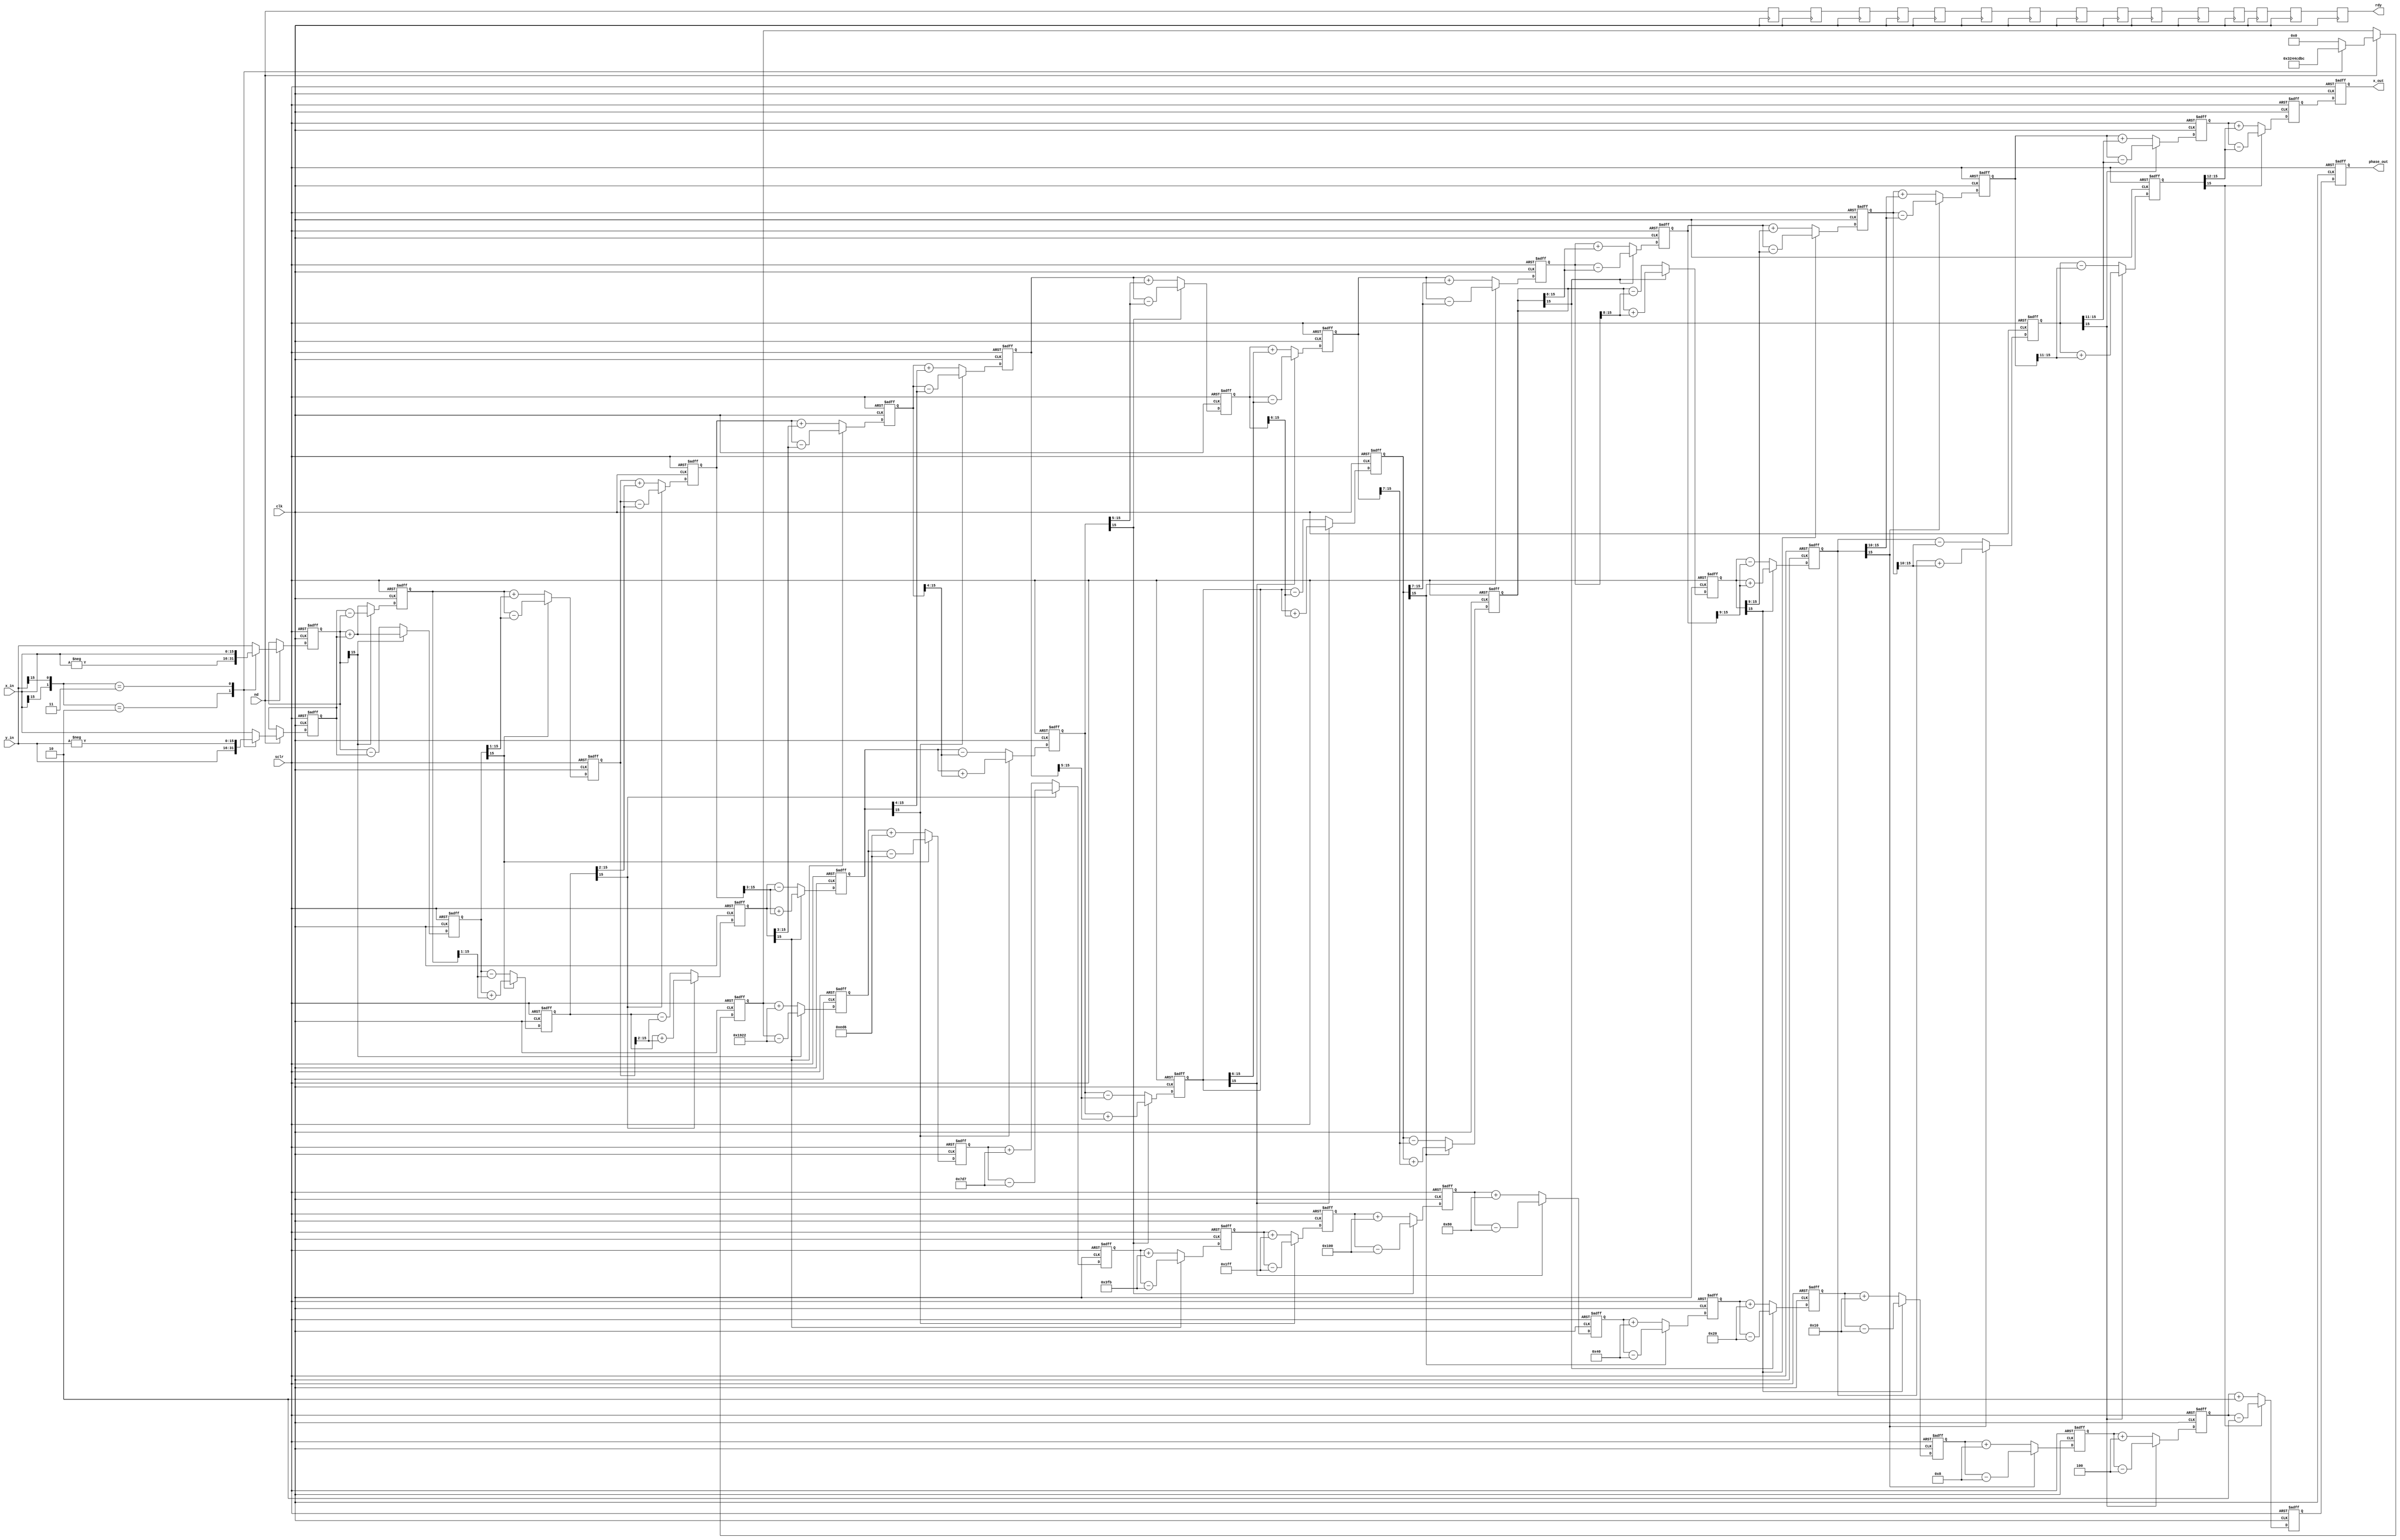
module rx_cordic (
  input nd,
  input clk,
  input sclr,
  input signed [15 : 0] x_in,
  input signed [15 : 0] y_in,
  output rdy,
  output signed [15 : 0] x_out,
  output signed [15 : 0] phase_out
);

parameter DATAIN_WIDTH = 16;

/*
parameter DATAIN_WIDTH = 32;
parameter signed angle_0 = 32'd2949120;		//45 degree *2^16
parameter signed angle_1 = 32'd1740992;     //26.5651 degree *2^16
parameter signed angle_2 = 32'd919872;      //14.0362 degree *2^16
parameter signed angle_3 = 32'd466944;      //7.1250 degree *2^16
parameter signed angle_4 = 32'd234368;      //3.5763 degree *2^16
parameter signed angle_5 = 32'd117312;      //1.7899 degree *2^16
parameter signed angle_6 = 32'd58688;       //0.8952 degree *2^16
parameter signed angle_7 = 32'd29312;       //0.4476 degree *2^16
parameter signed angle_8 = 32'd14656;       //0.2238 degree *2^16
parameter signed angle_9 = 32'd7360;        //0.1119 degree *2^16
parameter signed angle_10 = 32'd3648;       //0.0560 degree *2^16
parameter signed angle_11 = 32'd1856;	    //0.0280 degree *2^16
parameter signed angle_12 = 32'd896;        //0.0140 degree *2^16
parameter signed angle_13 = 32'd448;        //0.0070 degree *2^16
parameter signed angle_14 = 32'd256;        //0.0035 degree *2^16
parameter signed angle_15 = 32'd128;        //0.0018 degree *2^16
*/

/*
parameter signed angle_0 = 18'd51472;		//7.85398163e-0 radius *2^16 = 5.14718540e+04
parameter signed angle_1 = 18'd30386;       //4.63647609e-01 radius *2^16 = 3.03856097e+04
parameter signed angle_2 = 18'd16055;       //2.44978663e-01 radius *2^16 = 1.60549217e+04
parameter signed angle_3 = 18'd8150;        //1.24354995e-01 radius *2^16 = 8.14972892e+03
parameter signed angle_4 = 18'd4091;        //6.24188100e-02 radius *2^16 = 4.09067913e+03
parameter signed angle_5 = 18'd2047;        //3.12398334e-02 radius *2^16 = 2.04733372e+03
parameter signed angle_6 = 18'd1024;        //1.56237286e-02 radius *2^16 = 1.02391668e+03
parameter signed angle_7 = 18'd512;         //7.81234106e-03 radius *2^16 = 5.11989584e+02
parameter signed angle_8 = 18'd256;         //3.90623013e-03 radius *2^16 = 2.55998698e+02
parameter signed angle_9 = 18'd128;         //1.95312252e-03 radius *2^16 = 1.27999837e+02
parameter signed angle_10 = 18'd64;         //9.76562190e-04 radius *2^16 = 6.39999797e+01
parameter signed angle_11 = 18'd32;	        //4.88281211e-04 radius *2^16 = 3.19999975e+01
parameter signed angle_12 = 18'd16;         //2.44140620e-04 radius *2^16 = 1.59999997e+01
parameter signed angle_13 = 18'd8;          //1.22070312e-04 degree *2^16 = 7.99999996e+00
parameter signed angle_14 = 18'd4;          //6.10351562e-05 degree *2^16 = 4.00000000e+00
parameter signed angle_15 = 18'd2;          //3.05175781e-05 degree *2^16 = 2.00000000e+00
*/

parameter signed angle_0 = 16'd6434;	   //7.85398163e-0 radius *2^13 = 6.434e+03
parameter signed angle_1 = 16'd3798;       //4.63647609e-01 radius *2^13 = 3.798e+03
parameter signed angle_2 = 16'd2007;       //2.44978663e-01 radius *2^13 = 2.007e+03
parameter signed angle_3 = 16'd1019;       //1.24354995e-01 radius *2^13 = 1.019e+03
parameter signed angle_4 = 16'd511;        //6.24188100e-02 radius *2^13 = 5.110e+02
parameter signed angle_5 = 16'd256;        //3.12398334e-02 radius *2^13 = 2.560e+02
parameter signed angle_6 = 16'd128;        //1.56237286e-02 radius *2^13 = 1.280e+02
parameter signed angle_7 = 16'd64;         //7.81234106e-03 radius *2^13 = 6.400e+01     
parameter signed angle_8 = 16'd32;         //3.90623013e-03 radius *2^13 = 3.200e+01
parameter signed angle_9 = 16'd16;         //1.95312252e-03 radius *2^13 = 1.600e+01
parameter signed angle_10 = 16'd8;         //9.76562190e-04 radius *2^13 = 8.000e+00
parameter signed angle_11 = 16'd4;	       //4.88281211e-04 radius *2^13 = 4.000e+00
parameter signed angle_12 = 16'd2;         //2.44140620e-04 radius *2^13 = 2.000e+00 
parameter signed angle_13 = 16'd1;         //1.22070312e-04 degree *2^13 = 1.000e+00

parameter signed angle_shift = 16'd12868;   //1.5707963267948966 degree * 2^13

reg signed 	[DATAIN_WIDTH-1:0] 		x0 =0,y0 =0,z0 =0;
reg signed 	[DATAIN_WIDTH-1:0] 		x1 =0,y1 =0,z1 =0;
reg signed 	[DATAIN_WIDTH-1:0] 		x2 =0,y2 =0,z2 =0;
reg signed 	[DATAIN_WIDTH-1:0] 		x3 =0,y3 =0,z3 =0;
reg signed 	[DATAIN_WIDTH-1:0] 		x4 =0,y4 =0,z4 =0;
reg signed 	[DATAIN_WIDTH-1:0] 		x5 =0,y5 =0,z5 =0;
reg signed 	[DATAIN_WIDTH-1:0] 		x6 =0,y6 =0,z6 =0;
reg signed 	[DATAIN_WIDTH-1:0] 		x7 =0,y7 =0,z7 =0;
reg signed 	[DATAIN_WIDTH-1:0] 		x8 =0,y8 =0,z8 =0;
reg signed 	[DATAIN_WIDTH-1:0] 		x9 =0,y9 =0,z9 =0;
reg signed 	[DATAIN_WIDTH-1:0] 		x10=0,y10=0,z10=0;
reg signed 	[DATAIN_WIDTH-1:0] 		x11=0,y11=0,z11=0;
reg signed 	[DATAIN_WIDTH-1:0] 		x12=0,y12=0,z12=0;
reg signed 	[DATAIN_WIDTH-1:0] 		x13=0,y13=0,z13=0;

/*
reg signed 	[DATAIN_WIDTH-1:0] 		x14=0,y14=0,z14=0;
reg signed 	[DATAIN_WIDTH-1:0] 		x15=0,y15=0,z15=0;
reg signed 	[DATAIN_WIDTH-1:0] 		x16=0,y16=0,z16=0;
*/

wire [1:0] quadrant ;
assign quadrant = {x_in[15], y_in[15]};

//initialization
//to make the phase between -PI and PI

reg step0_rdy = 1'b0;

always @(posedge clk) step0_rdy <= nd;

always@(posedge clk or posedge sclr)
begin
	if(sclr)
	begin
		x0 <= 'b0;
		y0 <= 'b0;
		z0 <= 'b0;
		
	end
	else if(nd)
	begin
		case(quadrant)
			2'b10: //the second quadrant
			begin
				x0 <= y_in;
				y0 <= -x_in;
				z0 <= angle_shift;
			end
			
			2'b11: //the third quadrant
			begin
				x0 <= -y_in;
				y0 <= x_in;
				z0 <= -angle_shift;
			end

			default: //the first and the fourth quadrant
			begin
				x0 <= x_in;
				y0 <= y_in;
				z0 <= 'b0;
			end
		endcase
	end
end 

//iteration 1

reg step1_rdy = 1'b0;

always @(posedge clk) step1_rdy <= step0_rdy;

always@(posedge clk or posedge sclr)
begin
	if(sclr)
	begin
		x1 <= 'b0;
		y1 <= 'b0;
		z1 <= 'b0;
	end
	else if(y0[DATAIN_WIDTH-1]) 
	begin
		x1 <= x0 - y0;
		y1 <= y0 + x0;
		z1 <= z0 - angle_0;	
	end
	else 
	begin
		x1 <= x0 + y0;
		y1 <= y0 - x0;
		z1 <= z0 + angle_0;		
	end
end 

//iteration 2

reg step2_rdy = 1'b0;

always @(posedge clk) step2_rdy <= step1_rdy;

always@(posedge clk or posedge sclr)
begin
	if(sclr)
	begin
		x2 <= 'b0;
		y2 <= 'b0;
		z2 <= 'b0;
	end
	else if(y1[DATAIN_WIDTH-1]) 
	begin
		x2 <= x1 - (y1>>>1);
		y2 <= y1 + (x1>>>1);
		z2 <= z1 - angle_1;	
	end
	else 
	begin
		x2 <= x1 + (y1>>>1);
		y2 <= y1 - (x1>>>1);
		z2 <= z1 + angle_1;
	end
end 

//iteration 3

reg step3_rdy = 1'b0;

always @(posedge clk) step3_rdy <= step2_rdy;

always@(posedge clk or posedge sclr)
begin
	if(sclr)
	begin
		x3 <= 'b0;
		y3 <= 'b0;
		z3 <= 'b0;
	end
	else if(y2[DATAIN_WIDTH-1])
	begin
		x3 <= x2 - (y2>>>2);
		y3 <= y2 + (x2>>>2);
		z3 <= z2 - angle_2;	
	end
	else 
	begin
		x3 <= x2 + (y2>>>2);
		y3 <= y2 - (x2>>>2);
		z3 <= z2 + angle_2;
	end
end 

//iteration 4

reg step4_rdy = 1'b0;

always @(posedge clk) step4_rdy <= step3_rdy;

always@(posedge clk or posedge sclr)
begin
	if(sclr)
	begin
		x4 <= 'b0;
		y4 <= 'b0;
		z4 <= 'b0;
	end
	else if(y3[DATAIN_WIDTH-1]) 
	begin
		x4 <= x3 - (y3>>>3);
		y4 <= y3 + (x3>>>3);
		z4 <= z3 - angle_3;	
	end
	else 
	begin
		x4 <= x3 + (y3>>>3);
		y4 <= y3 - (x3>>>3);
		z4 <= z3 + angle_3;
	end
end 

//iteration 5

reg step5_rdy = 1'b0;

always @(posedge clk) step5_rdy <= step4_rdy;

always@(posedge clk or posedge sclr)
begin
	if(sclr)
	begin
		x5 <= 'b0;
		y5 <= 'b0;
		z5 <= 'b0;
	end
	else if(y4[DATAIN_WIDTH-1]) 
	begin
		x5 <= x4 - (y4>>>4);
		y5 <= y4 + (x4>>>4);
		z5 <= z4 - angle_4;	
	end
	else
	begin
		x5 <= x4 + (y4>>>4);
		y5 <= y4 - (x4>>>4);
		z5 <= z4 + angle_4;
	end
end 

//iteration 6

reg step6_rdy = 1'b0;

always @(posedge clk) step6_rdy <= step5_rdy;

always@(posedge clk or posedge sclr)
begin
	if(sclr)
	begin
		x6 <= 'b0;
		y6 <= 'b0;
		z6 <= 'b0;
	end
	else if(y5[DATAIN_WIDTH-1]) 
	begin
		x6 <= x5 - (y5>>>5);
		y6 <= y5 + (x5>>>5);
		z6 <= z5 - angle_5;
	end
	else 
	begin
		x6 <= x5 + (y5>>>5);
		y6 <= y5 - (x5>>>5);
		z6 <= z5 + angle_5;
	end
end 

//iteration 7

reg step7_rdy = 1'b0;

always @(posedge clk) step7_rdy <= step6_rdy;

always@(posedge clk or posedge sclr)
begin
	if(sclr)
	begin
		x7 <= 'b0;
		y7 <= 'b0;
		z7 <= 'b0;
	end
	else if(y6[DATAIN_WIDTH-1]) 
	begin
		x7 <= x6 - (y6>>>6);
		y7 <= y6 + (x6>>>6);
		z7 <= z6 - angle_6;	
	end
	else 
	begin
		x7 <= x6 + (y6>>>6);
		y7 <= y6 - (x6>>>6);
		z7 <= z6 + angle_6;
	end
end 

//iteration 8

reg step8_rdy = 1'b0;

always @(posedge clk) step8_rdy <= step7_rdy;

always@(posedge clk or posedge sclr)
begin
	if(sclr)
	begin
		x8 <= 'b0;
		y8 <= 'b0;
		z8 <= 'b0;
	end
	else if(y7[DATAIN_WIDTH-1]) 
	begin
		x8 <= x7 - (y7>>>7);
		y8 <= y7 + (x7>>>7);
		z8 <= z7 - angle_7;	
	end
	else 
	begin
		x8 <= x7 + (y7>>>7);
		y8 <= y7 - (x7>>>7);
		z8 <= z7 + angle_7;
	end
end 

//iteration 9

reg step9_rdy = 1'b0;

always @(posedge clk) step9_rdy <= step8_rdy;

always@(posedge clk or posedge sclr)
begin
	if(sclr)
	begin
		x9 <= 'b0;
		y9 <= 'b0;
		z9 <= 'b0;
	end
	else if(y8[DATAIN_WIDTH-1])
	begin
		x9 <= x8 - (y8>>>8);
		y9 <= y8 + (x8>>>8);
		z9 <= z8 - angle_8;
	end
	else 
	begin
		x9 <= x8 + (y8>>>8);
		y9 <= y8 - (x8>>>8);
		z9 <= z8 + angle_8;
	end
end 

//iteration 10

reg step10_rdy = 1'b0;

always @(posedge clk) step10_rdy <= step9_rdy;

always@(posedge clk or posedge sclr)
begin
	if(sclr)
	begin
		x10 <= 'b0;
		y10 <= 'b0;
		z10 <= 'b0;
	end
	else if(y9[DATAIN_WIDTH-1]) 
	begin
		x10 <= x9 - (y9>>>9);
		y10 <= y9 + (x9>>>9);
		z10 <= z9 - angle_9;
	end
	else 
	begin
		x10 <= x9 + (y9>>>9);
		y10 <= y9 - (x9>>>9);
		z10 <= z9 + angle_9;		
	end
end 

//iteration 11

reg step11_rdy = 1'b0;

always @(posedge clk) step11_rdy <= step10_rdy;

always@(posedge clk or posedge sclr)
begin
	if(sclr)
	begin
		x11 <= 'b0;
		y11 <= 'b0;
		z11 <= 'b0;
	end
	else if(y10[DATAIN_WIDTH-1]) 
	begin
		x11 <= x10 - (y10>>>10);
		y11 <= y10 + (x10>>>10);
		z11 <= z10 - angle_10;	
	end
	else 
	begin
		x11 <= x10 + (y10>>>10);
		y11 <= y10 - (x10>>>10);
		z11 <= z10 + angle_10;
	end
end 

//iteration 12

reg step12_rdy = 1'b0;

always @(posedge clk) step12_rdy <= step11_rdy;

always@(posedge clk or posedge sclr)
begin
	if(sclr)
	begin
		x12 <= 'b0;
		y12 <= 'b0;
		z12 <= 'b0;
	end
	else if(y11[DATAIN_WIDTH-1]) 
	begin
		x12 <= x11 - (y11>>>11);
		y12 <= y11 + (x11>>>11);
		z12 <= z11 - angle_11;	
	end
	else 
	begin
		x12 <= x11 + (y11>>>11);
		y12 <= y11 - (x11>>>11);
		z12 <= z11 + angle_11;
	end
end 

//iteration 13

reg step13_rdy = 1'b0;

always @(posedge clk) step13_rdy <= step12_rdy;

always@(posedge clk or posedge sclr)
begin
	if(sclr)
	begin
		x13 <= 'b0;
		y13 <= 'b0;
		z13 <= 'b0;
	end
	else if(y12[DATAIN_WIDTH-1]) 
	begin
		x13 <= x12 - (y12>>>12);
		y13 <= y12 + (x12>>>12);
		z13 <= z12 - angle_12;	
	end
	else 
	begin
		x13 <= x12 + (y12>>>12);
		y13 <= y12 - (x12>>>12);
		z13 <= z12 + angle_12;
	end
end 

/*
//iteration 14
always@(posedge clk or posedge sclr)
begin
	if(sclr)
	begin
		x14 <= 'b0;
		y14 <= 'b0;
		z14 <= 'b0;
	end
	else if(y13[DATAIN_WIDTH-1]) 
	begin
		x14 <= x13 - (y13>>>13);
		y14 <= y13 + (x13>>>13);
		z14 <= z13 - angle_13;	
	end
	else 
	begin
		x14 <= x13 + (y13>>>13);
		y14 <= y13 - (x13>>>13);
		z14 <= z13 + angle_13;
	end
end 

//iteration 15
always@(posedge clk or posedge sclr)
begin
	if(sclr)
	begin
		x15 <= 'b0;
		y15 <= 'b0;
		z15 <= 'b0;
	end
	else if(y14[DATAIN_WIDTH-1]) 
	begin
		x15 <= x14 - (y14>>>14);
		y15 <= y14 + (x14>>>14);
		z15 <= z14 - angle_14;	
	end
	else 
	begin
		x15 <= x14 + (y14>>>14);
		y15 <= y14 - (x14>>>14);
		z15 <= z14 + angle_14;
	end
end 

//iteration 16
always@(posedge clk or posedge sclr)
begin
	if(sclr)
	begin
		x16 <= 'b0;
		y16 <= 'b0;
		z16 <= 'b0;
	end
	else if(y15[DATAIN_WIDTH-1])
	begin
		x16 <= x15 - (y15>>>15);
		y16 <= y15 + (x15>>>15);
		z16 <= z15 - angle_15;	
	end
	else 
	begin
		x16 <= x15 + (y15>>>15);
		y16 <= y15 - (x15>>>15);
		z16 <= z15 + angle_15;
	end
end
*/ 

reg signed [DATAIN_WIDTH-1:0] mag;
reg signed [DATAIN_WIDTH-1:0] phase; 

reg step14_rdy = 1'b0;

always @(posedge clk) step14_rdy <= step13_rdy;

always@(posedge clk or posedge sclr)
begin
	if(sclr)
	begin
		mag <= 'b0;
		phase <= 'b0;
	end
	else 
	begin
        mag <= x13; //K linear factor ignored here
        phase <= z13;
	end
end 

assign x_out = mag;
assign phase_out = phase;
assign rdy = step14_rdy;

endmodule